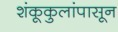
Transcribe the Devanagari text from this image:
शंकूकुलांपासून